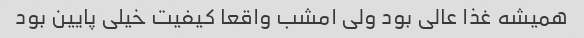
همیشه غذا عالی بود ولی امشب واقعا کیفیت خیلی پایین بود